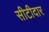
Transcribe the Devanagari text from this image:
सीटीदार